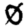
Digit: 0